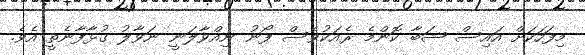
މިފަހަކަށް އައިސް ޝަބާ ކޮންމެ ރެއަކުވެސް ފޯނު ނިއްވާލަނީ ނަވާލު ގުޅާފާނެތީ އެވެ.